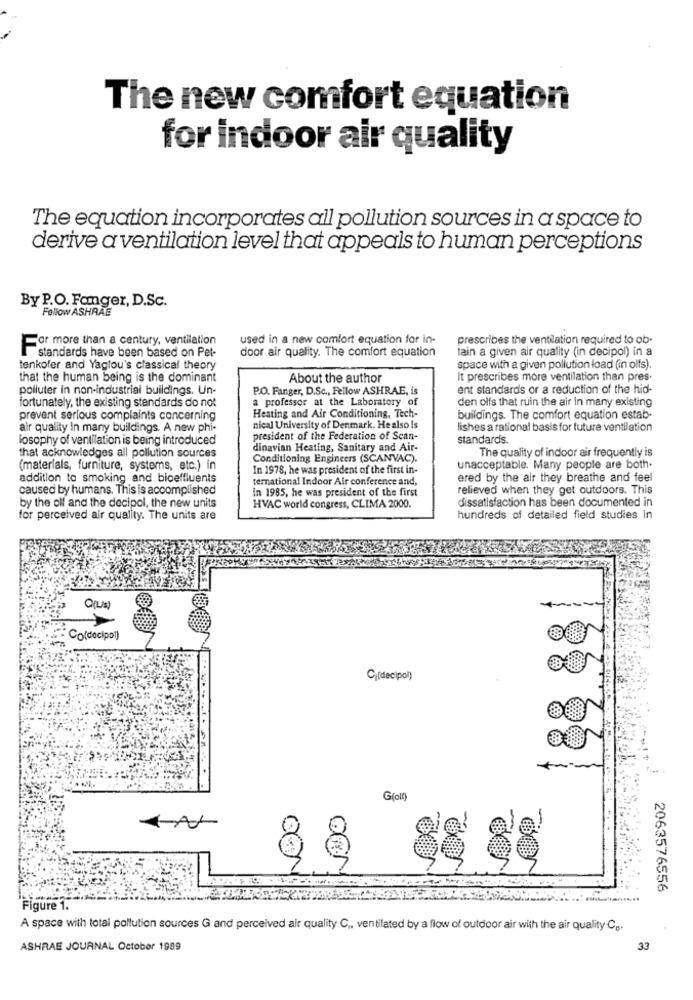
The new comfort equation
for indoor air quality
The equation incorporates all pollution sources in a space to
derive a ventilation level that appeals to human perceptions
By P.O. Fanger, D.Sc.
Follow ASHRAE
For more than a century, ventilation
used in a new comfort equation for in-
prescribes the ventilation required to ob-
door air quality. The comfort equation
tain a given air quality (in decipol) in a
standards have been based on Pet-
tenkofer and Yaglou's classical theory
space with a given pollution load (in olfs).
that the human being is the dominant
About the author
It prescribes more ventilation than pres.
poiluter in non-industrial buildings. Un-
P.O. Fanger, D.Sc ., Fellow ASHRAE, is
ent standards or a reduction of the hid-
fortunately, the existing standards do not
a professor at the Laboratory of
den olfs that ruin the air In many existing
Heating and Air Conditioning, Tech-
prevent serious complaints concerning
buildings. The comfort equation estab-
air quality in many buildings. A new phi-
nical University of Denmark. He also Is
lishes a rational basis for future ventilation
losophy of ventilation is being introduced
president of the Federation of Scan-
standards.
dinavian Heating, Sanitary and Air-
The quality of indoor air frequently is
that acknowledges all pollution sources
Conditioning Engineers (SCANVAC).
(materials, furniture, systems, etc.) in
In 1978, he was president of the first in-
unacceptable. Many people are both-
addition to smoking and bioeffluents
temnational Indoor Air conference and,
ered by the air they breathe and feel
caused by humans. This is accomplished
In 1985, he was president of the first
relieved when they get outdoors. This
dissatisfaction has been documented in
by the olf and the decipol, the new units
HVAC world congress, CLIMA 2000.
for perceived air quality. The units are
hundreds of detailed field studies In
Co(decipot)
C(decipol)
G(oly
2063576556
Figure 1.
A space with total pollution sources G and perceived air quality C ,, ventilated by a flow of outdoor air with the air quality C ..
ASHRAE JOURNAL October 1989
33